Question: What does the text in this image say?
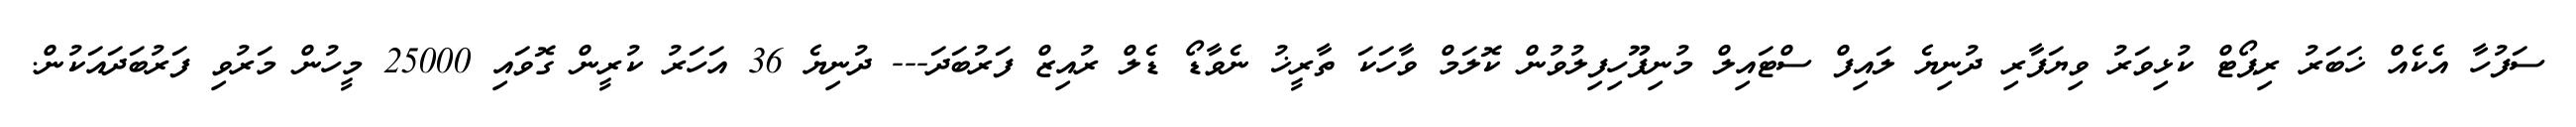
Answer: ސަފުހާ އެކެއް ޚަބަރު ރިޕޯޓް ކުޅިވަރު ވިޔަފާރި ދުނިޔެ ލައިފް ސްޓައިލް މުނިފޫހިފިލުވުން ކޮލަމް ވާހަކަ ތާރީޚު ނެވާޑޯ ޑެލް ރުއިޒް ފަރުބަދަ--- ދުނިޔެ 36 އަހަރު ކުރީން ގޮވައި 25000 މީހުން މަރުވި ފަރުބަދައަކުން.